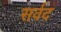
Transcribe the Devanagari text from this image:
सर्वद